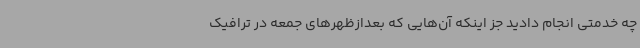
چه خدمتی انجام دادید جز اینکه آن‌هایی که بعدازظهرهای جمعه در ترافیک